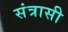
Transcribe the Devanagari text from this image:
संत्रासी